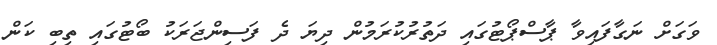
ވަގަށް ނަގާފައިވާ ޕާސްޕޯޓުގައި ދަތުރުކުރަމުން ދިޔަ ދެ ފަސިންޖަރަކު ބޯޓުގައި ތިބި ކަން